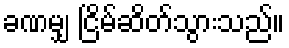
ခဏမျှ ငြိမ်ဆိတ်သွားသည်။